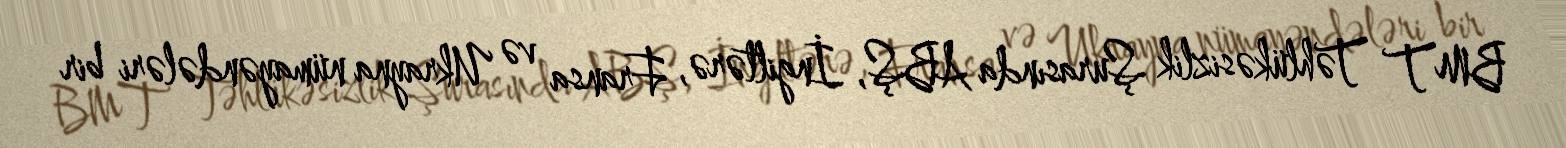
BMT Təhlükəsizlik Şurasında ABŞ, İngiltərə, Fransa və Ukrayna nümayəndələri bir